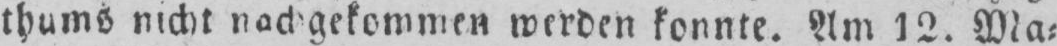
thums nicht nachgekommen werden konnte. Am 12. Ma⸗